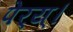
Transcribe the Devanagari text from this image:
पेर्‍य्।